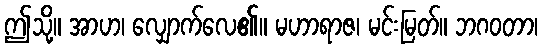
ဤသို့။ အာဟ၊ လျှောက်လေ၏။ မဟာရာဇ၊ မင်းမြတ်။ ဘဂဝတာ၊